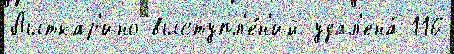
Лыткар'ино выступл'е́н'ий удал'ена́ 116